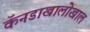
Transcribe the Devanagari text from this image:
कॅनडाखालोखाल